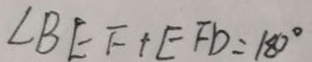
\angle B E F + E F D = 1 8 0 ^ { \circ }